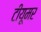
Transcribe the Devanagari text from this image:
टीयूमर